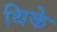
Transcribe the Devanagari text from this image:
थिके